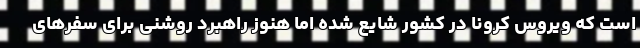
است که ویروس کرونا در کشور شایع شده اما هنوز راهبرد روشنی برای سفرهای